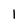
Character: 1